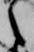
之